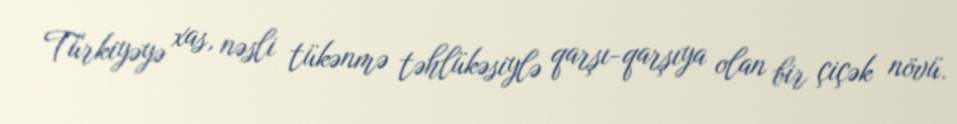
Türkiyəyə xas, nəsli tükənmə təhlükəsiylə qarşı-qarşıya olan bir çiçək növü.